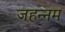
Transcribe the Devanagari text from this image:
जहन्नम